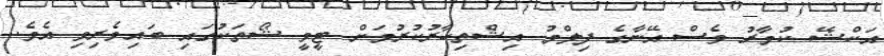
އަކްޝޭ ކުމާރު ވެސް އޭނާގެ ފިލްމު އިޝްތިހާރުކުރުމަށް ޓީވީ ޝޯތަކުގައި ބައިވެރިވި އެވެ.